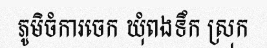
ភូមិចំការចេក ឃុំពងទឹក ស្រុក